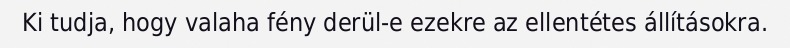
Ki tudja, hogy valaha fény derül-e ezekre az ellentétes állításokra.